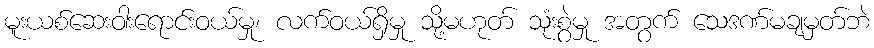
မူးယစ်ဆေးဝါးရောင်းဝယ်မှု၊ လက်ဝယ်ရှိမှု သို့မဟုတ် သုံးစွဲမှု အတွက် သေဒဏ်မချမှတ်ဘဲ